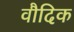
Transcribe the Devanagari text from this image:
वौदिक